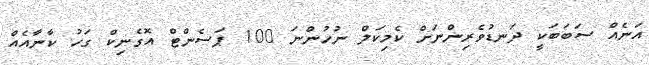
އަނެއް ސަބަބަކީ ދަނޑުވެރިންނަށް ކެމިކަލް ނުހުންނަ 100 ޕަސެންޓް އޮގެނިކް ގަހު ކާނާއެއް